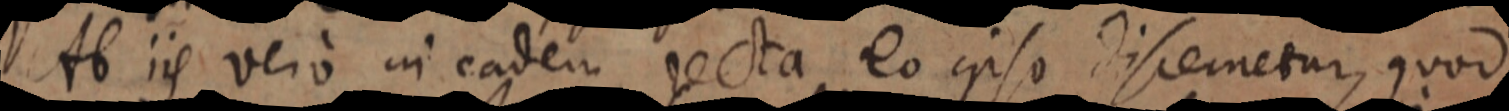
Ab iis vero in eadem recta eo ipso discemetur, quod